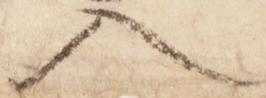
入